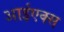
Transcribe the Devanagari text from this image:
आईएक्स